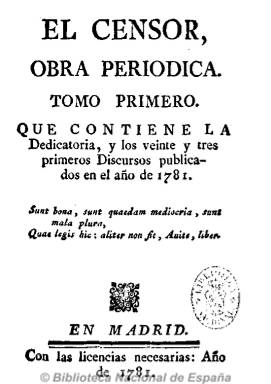
Título: El Censor (Madrid. 1781)
Colección: Periódicos anteriores a 1850
Ámbito geográfico: Madrid
Lugar de publicación: Madrid
Fechas: 01/01/1781-31/12/1781

Periódico semanal impreso en Madrid entre 1781 y 1787, considerado uno de los más importantes del siglo XVIII español, funcionó como portavoz de las ideas de un grupo de ilustrados españoles. Para algunos estudiosos, nació en la tertulia de la Condesa de Montijo, teniendo como protector al propio rey Carlos III para difundir las nuevas ideas con el fin de  que fueran más populares sus reformas sociales y políticas.
Si bien la  autoría de sus textos ha sido discutida, en general se atribuye  a los abogados Luis María García del Cañuelo y Luis Marcelino Pereira y Castrigo, perteneciendo los discursos más exaltados al primero y los teóricos a Pereira.
El Censor se sitúa en la corriente de lo que se ha llamado “prensa espectadora” o “espectadores”, periódicos en la línea de The Spectator británico, uno de los pioneros del periodismo europeo. Eran publicaciones de tipo moral-satírico que tenían como objetivo la crítica de costumbres. El Censor destaca por la profundidad de su crítica que va más allá de la censura de costumbres, denunciando los vicios de nuestra legislación, los abusos introducidos con pretexto de religión, los errores políticos, etc.
En otro orden de cosas, se han considerado  a algunos de los discursos de este periódico como inspiradores de los temas de los aguafuertes ‘Los Caprichos’ de Francisco de Goya, al coincidir a menudo con los puntos centrales de la crítica del periódico: falta de espiritualidad del clero, inutilidad de la nobleza, excesos de la moda y el lujo, etc., realizados mediante la sátira.